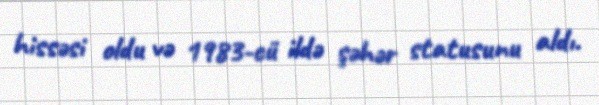
hissəsi oldu və 1983-cü ildə şəhər statusunu aldı.